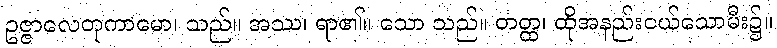
ဥဇ္ဇာလေတုကာမော၊ သည်။ အဿ၊ ရာ၏။ သော သည်။ တတ္ထ၊ ထိုအနည်းငယ်သောမီး၌။